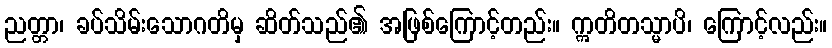
ညတ္တာ၊ ခပ်သိမ်းသောဂတိမှ ဆိတ်သည်၏ အဖြစ်ကြောင့်တည်း။ ဣတိတသ္မာပိ၊ ကြောင့်လည်း။